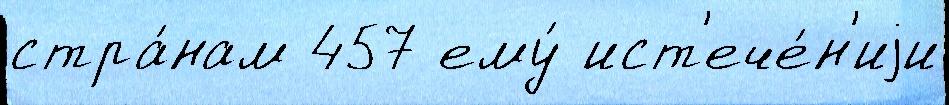
стра́нам 457 ему́ ист'ече́н'иjи